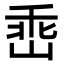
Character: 𡹁